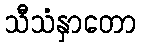
သီသံနှာတော